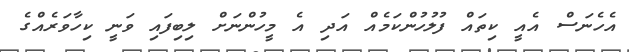
އެހެނަސް އެއީ ކިތައް ފުލުހުންކަމެއް އަދި އެ މީހުންނަށް ލިބިފައި ވަނީ ކިހާވަރެއްގެ